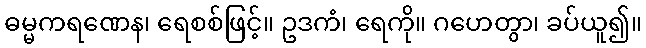
ဓမ္မကရဏေန၊ ရေစစ်ဖြင့်။ ဥဒကံ၊ ရေကို။ ဂဟေတွာ၊ ခပ်ယူ၍။